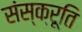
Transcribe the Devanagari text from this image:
संस्क्रूति